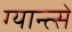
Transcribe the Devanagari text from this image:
ग्यान्त्से